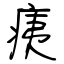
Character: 痍